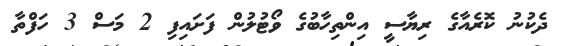
ދެކުނު ކޮރެއާގެ ރިޔާސީ އިންތިހާބުގެ ވޯޓުލުން ފަށައިފި 2 މަސް 3 ހަފްތާ